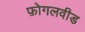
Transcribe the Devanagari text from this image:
फ़ोगलवीड